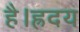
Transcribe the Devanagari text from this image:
है।ह्रदय